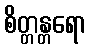
စိတ္တန္တရော